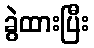
ခွဲထားပြီး